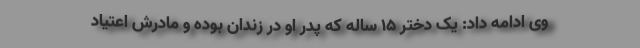
وی ادامه داد: یک دختر ۱۵ ساله که پدر او در زندان بوده و مادرش اعتیاد